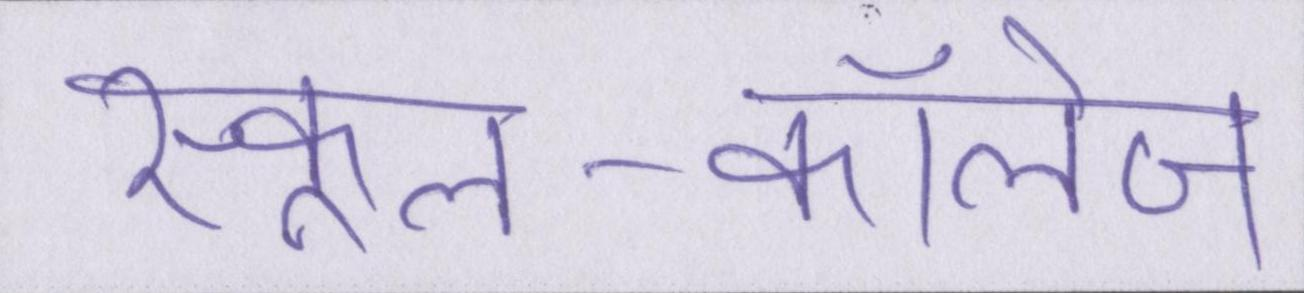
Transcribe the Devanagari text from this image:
स्कूल-कॉलेज